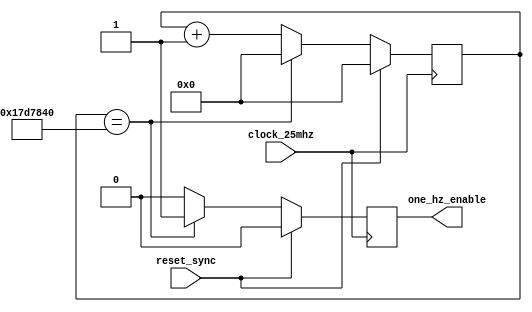
`timescale 1ns / 1ps

module divider(
    input clock_25mhz,         // system clock
    input reset_sync,          // system reset
    output one_hz_enable       // 1hz pulse
    );

  reg [24:0] count = 0;
  reg enable = 0;

  always @(posedge clock_25mhz) begin
    if (reset_sync) begin
      count <= 0;
      enable <= 0;
    end
    else begin
      if (count == 25000000) begin
        enable <= 1;
        count <= 0;
      end
      else begin
        count <= count + 1;
        enable <= 0;
      end
    end
  end

  assign one_hz_enable = enable;

endmodule